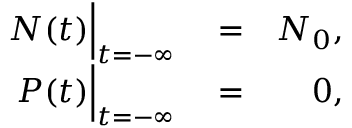
\begin{array} { r l r } { N ( t ) \Big | _ { t = - \infty } } & { { } = } & { N _ { 0 } , } \\ { P ( t ) \Big | _ { t = - \infty } } & { { } = } & { 0 , } \end{array}